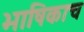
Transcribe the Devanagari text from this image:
भाषिकाच